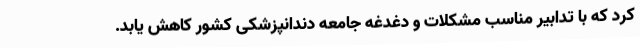
کرد که با تدابیر مناسب مشکلات و دغدغه جامعه دندانپزشکی کشور کاهش یابد.